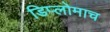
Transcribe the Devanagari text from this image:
डिप्लोमाच